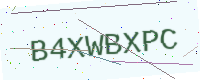
Text: B4XWBXPC